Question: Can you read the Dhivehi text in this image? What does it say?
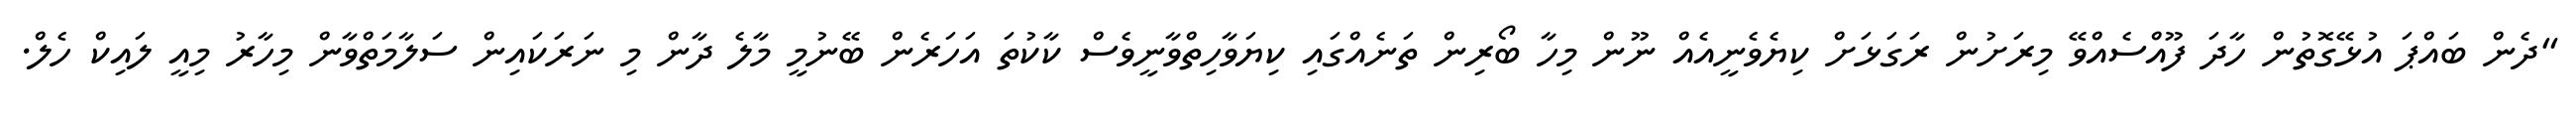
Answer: "ދެން ބައްޕަ އުޅޭގޮތުން ހާދަ ފޫއްސެއްވޭ މިރަށުން ރަގަޅަށް ކިޔެވެނީއެއް ނޫން މިހާ ބޯރިން ތަނެއްގައި ކިޔަވާހިތްވާނީވެސް ކާކުތަ އަހަރެން ބޭނުމީ މާލެ ދާން މި ނަރަކައިން ސަލާމަތްވާން މިހާރު މިއީ ލައިކް ހެލް.